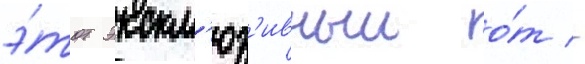
э́тот экскл'юз'ивныи о́т -